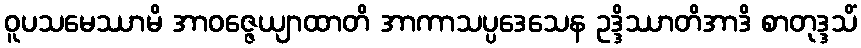
ဝူပသမေဿာမိ အာဝဇ္ဇေယျာထာတိ အာကာသပ္ပဒေသေန ဥဒ္ဒိဿာတိအာဒိ စာတုဒ္ဒသိံ